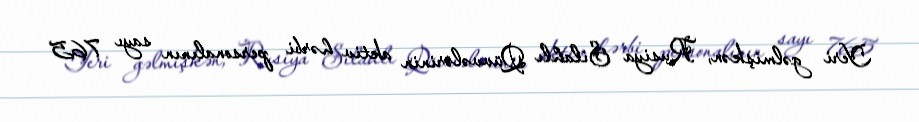
Yeri gəlmişkən, Rusiya Silahlı Qüvvələrinin aktiv hərbi personalının sayı 765